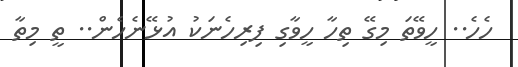
ހެހެ.. ހީވޭތަ މިގޭ ތިހާ ހީވާގި ފިރިހެނަކު އުޅޭނެހެން.. ތީ މިތާ